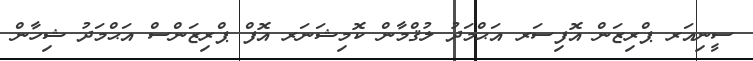
ސީނިއަރ ޕްރިޒަން އޮފިސަރ އަޙްމަދު ލުޤްމާން ކޮމިޝަނަރ އޮފް ޕްރިޒަންސް އަޙްމަދު ޝިހާން